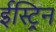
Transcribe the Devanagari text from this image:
ईस्ट्रिन